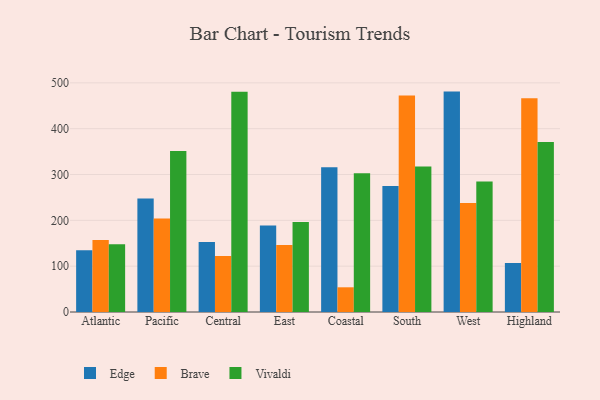
{"axis": {"x": "Region", "y": "Backlog"}, "legend": ["Brave", "Edge", "Vivaldi"], "data": [{"x": "Atlantic", "y": 134.6, "type": "Edge"}, {"x": "Atlantic", "y": 156.9, "type": "Brave"}, {"x": "Atlantic", "y": 148.0, "type": "Vivaldi"}, {"x": "Pacific", "y": 247.9, "type": "Edge"}, {"x": "Pacific", "y": 204.2, "type": "Brave"}, {"x": "Pacific", "y": 351.2, "type": "Vivaldi"}, {"x": "Central", "y": 152.5, "type": "Edge"}, {"x": "Central", "y": 122.2, "type": "Brave"}, {"x": "Central", "y": 480.3, "type": "Vivaldi"}, {"x": "East", "y": 188.7, "type": "Edge"}, {"x": "East", "y": 146.1, "type": "Brave"}, {"x": "East", "y": 196.4, "type": "Vivaldi"}, {"x": "Coastal", "y": 315.6, "type": "Edge"}, {"x": "Coastal", "y": 53.9, "type": "Brave"}, {"x": "Coastal", "y": 303.0, "type": "Vivaldi"}, {"x": "South", "y": 274.7, "type": "Edge"}, {"x": "South", "y": 472.3, "type": "Brave"}, {"x": "South", "y": 317.4, "type": "Vivaldi"}, {"x": "West", "y": 480.9, "type": "Edge"}, {"x": "West", "y": 237.7, "type": "Brave"}, {"x": "West", "y": 284.8, "type": "Vivaldi"}, {"x": "Highland", "y": 106.9, "type": "Edge"}, {"x": "Highland", "y": 466.2, "type": "Brave"}, {"x": "Highland", "y": 370.7, "type": "Vivaldi"}]}